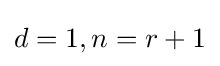
d=1,n=r+1